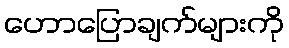
ဟောပြောချက်များကို